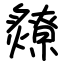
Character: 爒